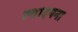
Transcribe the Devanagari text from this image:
स्थादपना